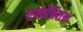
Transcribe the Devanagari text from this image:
एकत्रितच